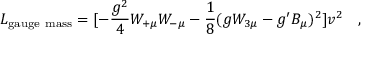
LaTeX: { \cal L } _ { \mathrm { g a u g e ~ m a s s } } = [ - { \frac { g ^ { 2 } } { 4 } } W _ { + \mu } W _ { - \mu } - { \frac { 1 } { 8 } } ( g W _ { 3 \mu } - g ^ { \prime } B _ { \mu } ) ^ { 2 } ] v ^ { 2 } ~ ~ ~ ,